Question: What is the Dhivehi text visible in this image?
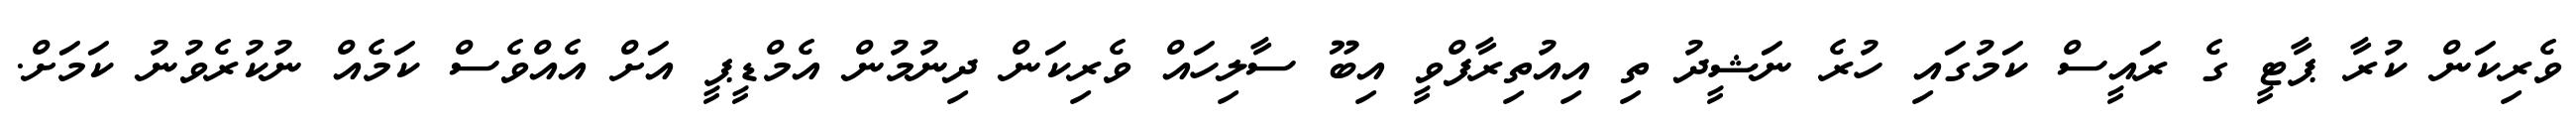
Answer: ވެރިކަން ކުރާ ޕާޓީ ގެ ރައީސް ކަމުގައި ހުރެ ނަޝީދު ތި އިއުތިރާފްވީ އިބޫ ސާލިހައް ވެރިކަން ދިނުމުން އެމްޑީޕީ އަށް އެއްވެސް ކަމެއް ނުކުރެވުނު ކަމަށް.